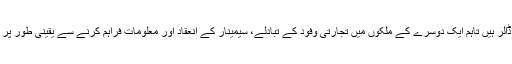
پاکستان کی فرانس کے لیے برآمدات405.3ملین ڈالر ہیں تاہم ایک دوسرے کے ملکوں میں تجارتی وفود کے تبادلے، سیمینار کے انعقاد اور معلومات فراہم کرنے سے یقینی طور پر دوطرفہ تجارت کو خاطر خواہ فروغ حاصل ہوگا۔